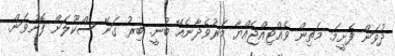
ދުވަން ފެށީމަ. މަތިން ވެއްޓިއްޖެއްޔާ މަރުވެދާނެއޭ ބުނީ. ބިރު ގަނޭ ސްކޫލަށް ފޮނުވަން.